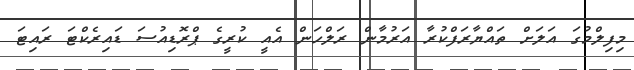
މިފިލްމުގަ އަލަށް ތައްޔާރަފްކުރާ އަރުމާން ރަލްހަން އެއީ ކުރީގެ ޕްރޮޑިއުސަ ޑައިރެކްޓަ ރައިޓަ